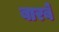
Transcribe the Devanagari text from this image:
बारबे